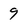
Character: 9